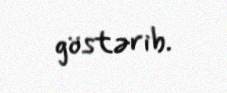
göstərib.